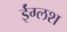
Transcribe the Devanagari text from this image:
ईंग्लश